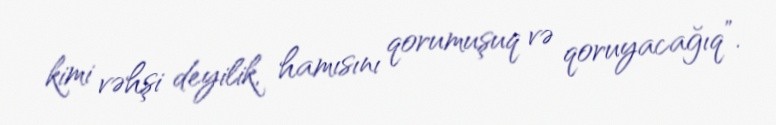
kimi vəhşi deyilik, hamısını qorumuşuq və qoruyacağıq”.